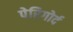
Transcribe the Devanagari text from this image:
पेरिगोर्द